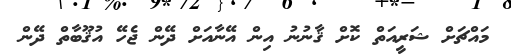
މައްޗަށް ޝަރީއަތް ކޮށް ޤާނުނު އިން އޭނާއަށް ދޭން ޖެހޭ އުޤޫބާތް ދޭން